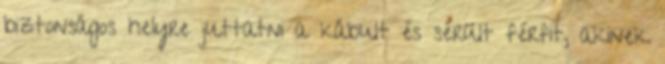
biztonságos helyre juttatni a kábult és sérült férfit, akinek